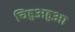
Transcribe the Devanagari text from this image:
चिहुअहुआ